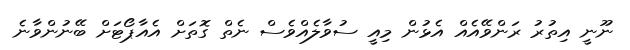
ނޫނީ އިތުރު ރަންވޭއެއް އެޅުން މިއީ ސުވާލެއްވެސް ނެތް ގޮތަށް އެއާޕޯޓަށް ބޭނުންވާނެ